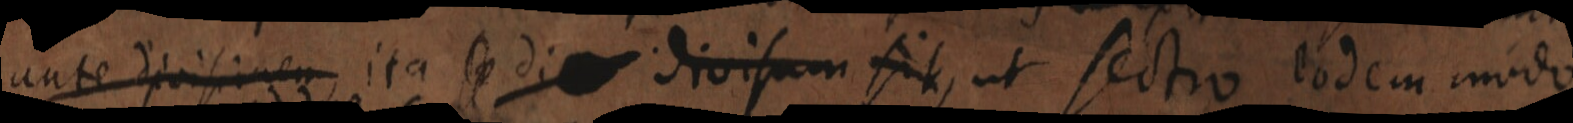
ante divisinem ita se di _ divisum sit, ut sectio eodem modo